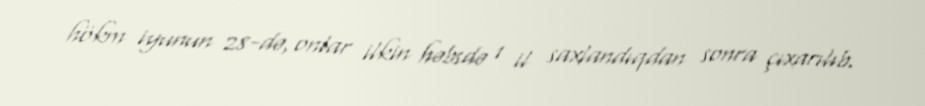
hökm iyunun 28-də, onlar ilkin həbsdə 1 il saxlandıqdan sonra çıxarılıb.